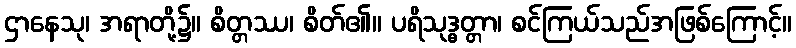
ဌာနေသု၊ အရာတို့၌။ စိတ္တဿ၊ စိတ်၏။ ပရိသုဒ္ဓတ္တာ၊ စင်ကြယ်သည်အဖြစ်ကြောင့်။